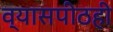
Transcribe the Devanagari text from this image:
व्यासपीठही